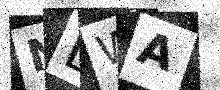
Text: NDWA